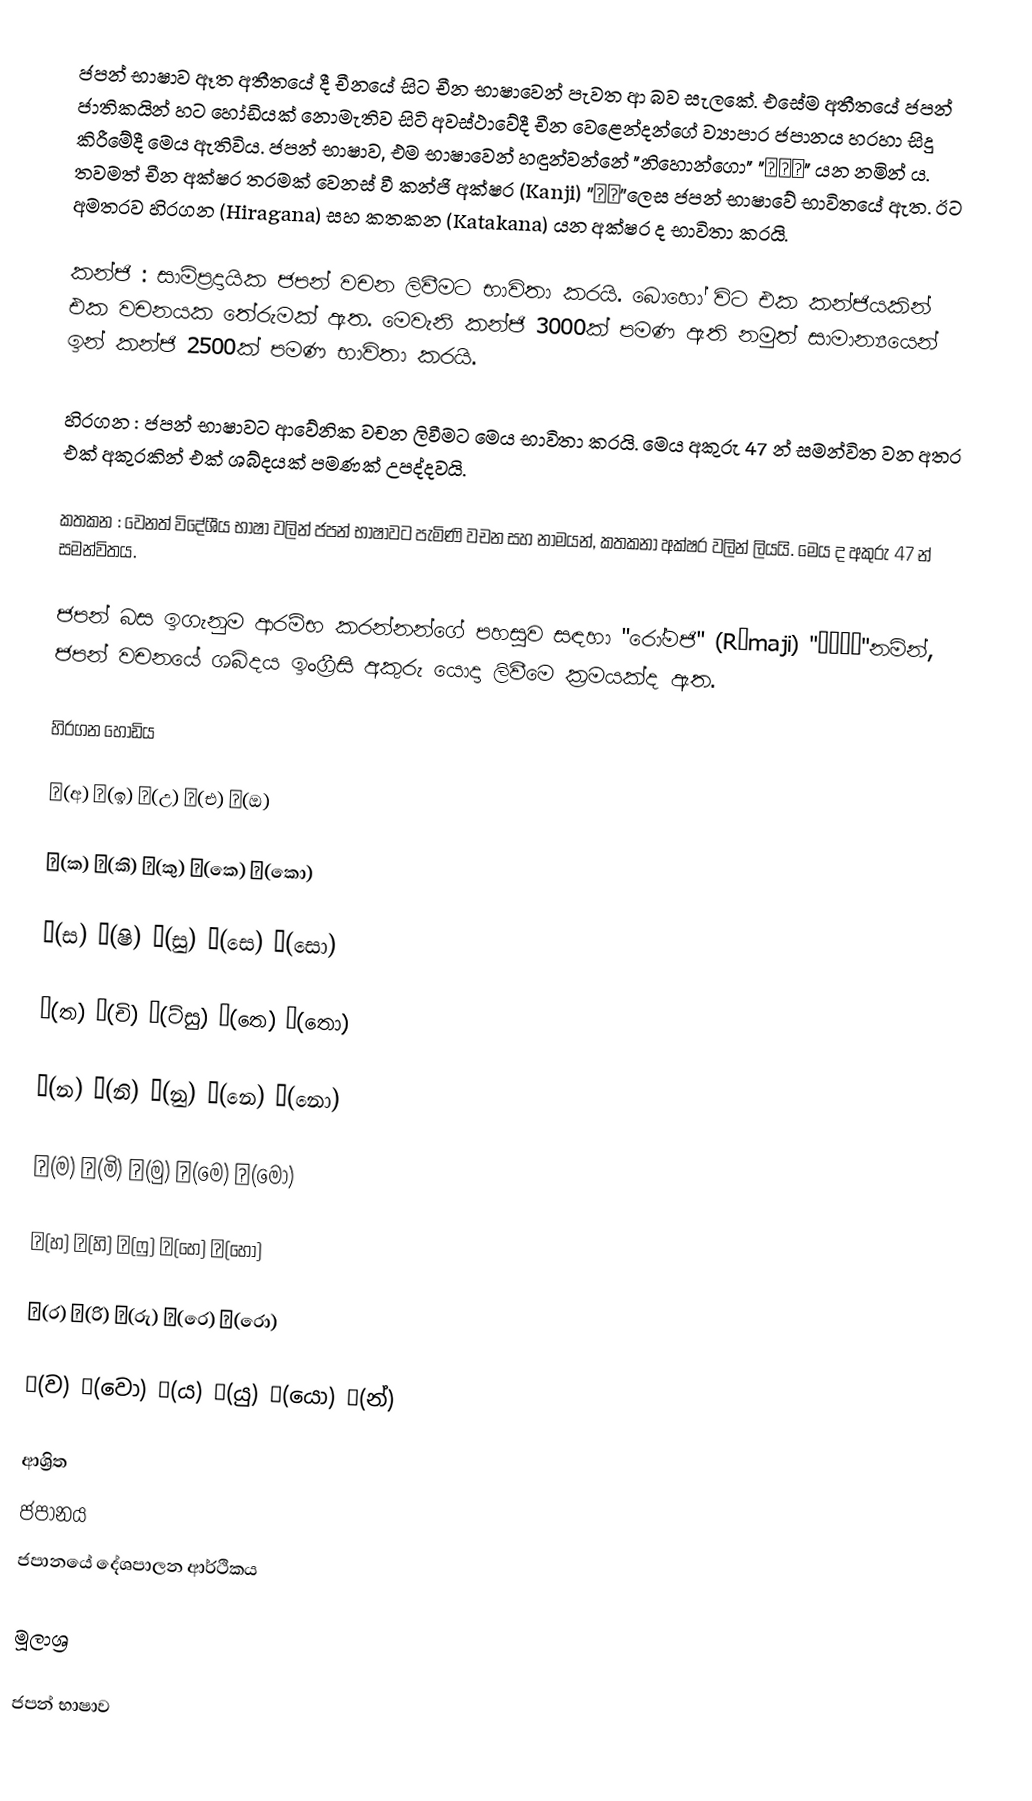
ජපන් භාෂාව ඈත අතීතයේ දී චීනයේ සිට චීන භාෂාවෙන් පැවත ආ බව සැලකේ. එසේම අතීතයේ ජපන් ජාතිකයින් හට හෝඩියක් නොමැතිව සිටි අවස්ථාවේදී චීන වෙළෙන්දන්ගේ ව්‍යාපාර ජපානය හරහා සිදු කිරීමේදී මෙය ඇතිවිය. ජපන් භාෂාව, එම භාෂාවෙන් හඳුන්වන්නේ "නිහොන්ගො" "日本語" යන නමින් ය. තවමත් චීන අක්ෂර තරමක් වෙනස් වී කන්ජි අක්ෂර (Kanji) ”漢字”ලෙස ජපන් භාෂාවේ භාවිතයේ ඇත. ඊට අමතරව හිරගන (Hiragana) සහ කතකන (Katakana) යන අක්ෂර ද භාවිතා කරයි.

 කන්ජි	: සාම්ප්‍රදායික ජපන් වචන ලිවීමට භාවිතා කරයි. බොහෝ විට එක කන්ජියකින් එක වචනයක තේරුමක් ඇත. මෙවැනි කන්ජි 3000ක් පමණ ඇති නමුත් සාමාන්‍යයෙන් ඉන් කන්ජි 2500ක් පමණ භාවිතා කරයි.

 හිරගන	: ජපන් භාෂාවට ආවේනික වචන ලිවීමට මෙය භාවිතා කරයි. මෙය අකුරු 47 න් සමන්විත වන අතර එක් අකුරකින් එක් ශබ්දයක් පමණක් උපද්දවයි.

 කතකන 	: වෙනත් විදේශීය භාෂා වලින් ජපන් භාෂාවට පැමිණි වචන සහ නාමයන්, කතකනා අක්ෂර වලින් ලියයි. මෙය ද අකුරු 47 න් සමන්විතය.

 ජපන් බස ඉගැනුම ආරම්භ කරන්නන්ගේ පහසුව සඳහා "රෝමජි" (Rōmaji)  "ローマ字"නමින්, ජපන් වචනයේ ශබ්දය ඉංග්‍රීසි අකුරු යොදා ලිවීමෙ ක්‍රමයක්ද ඇත.

හිරගන හෝඩිය

あ(අ) い(ඉ) う(උ) え(එ) お(ඔ)

か(ක) き(කි) く(කු) け(කෙ) こ(කො)

さ(ස) し(ෂි) す(සු) せ(සෙ) そ(සො)

た(ත) ち(චි) つ(ට්සු) て(තෙ) と(තො)

な(න) に(නි) ぬ(නු) ね(නෙ) の(නො)

ま(ම) み(මි) む(මු) め(මෙ) も(මො)

は(හ) ひ(හි) ふ(ෆු) へ(හෙ) ほ(හො)

ら(ර) り(රි) る(රු) れ(රෙ) ろ(රො)

わ(ව) を(වො) や(ය) ゆ(යු) よ(යො) ん(න්)

ආශ්‍රිත
 ජපානය
 ජපානයේ දේශපාලන ආර්ථිකය

මූලාශ්‍ර

ජපන් භාෂාව